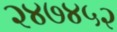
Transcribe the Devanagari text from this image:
२४७४५२